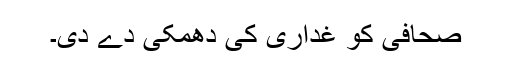
صحافی کو غداری کی دھمکی دے دی۔